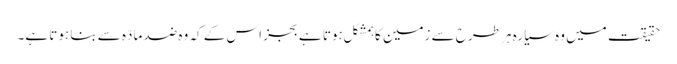
حقیقت میں وہ سیارہ ہر طرح سے زمین کا ہمشکل ہوتا ہے بجز اس کے کہ وہ ضد مادّہ سے بنا ہوتا ہے۔